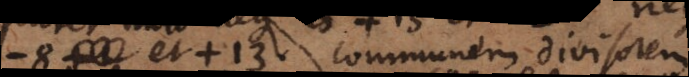
et +13 communem divisorem